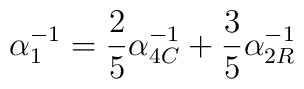
\alpha_1^{-1} = \frac{2}{5} \alpha_{4C}^{-1} +\frac{3}{5} \alpha_{2R}^{-1}